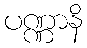
ပဏ္ဏာနိ